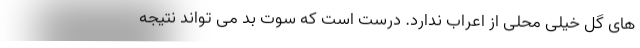
های گل خیلی محلی از اعراب ندارد. درست است که سوت بد می تواند نتیجه